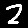
Digit: 2